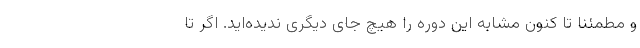
و مطمئنا تا کنون مشابه این دوره را هیچ جای دیگری ندیده‌اید. اگر تا